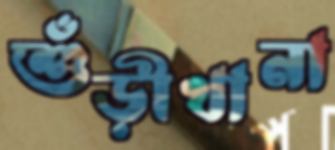
শুঁড়ীখানা